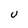
Character: U